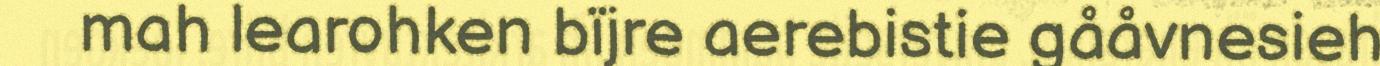
mah learohken bïjre aerebistie gååvnesieh